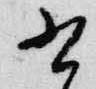
書